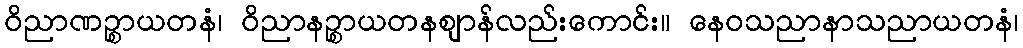
ဝိညာဏဉ္စာယတနံ၊ ဝိညာနဉ္စာယတနဈာန်လည်းကောင်း။ နေဝသညာနာသညာယတနံ၊